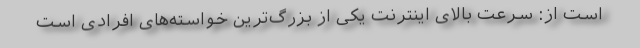
است از: سرعت بالای اینترنت یکی از بزرگ‌ترین خواسته‌های افرادی است